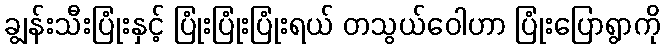
ချွန်းသီးပြုံးနှင့် ပြုံးပြုံးပြုံးရယ် တသွယ်ဝေါဟာ ပြုံးပြောရွာကို